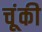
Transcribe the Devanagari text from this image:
चूंकी